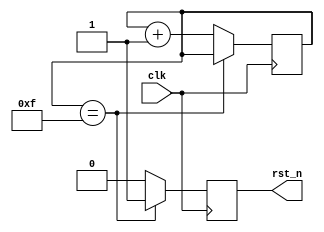
// --------------------------------------------------------------------
// >>>>>>>>>>>>>>>>>>>>>>>>> COPYRIGHT NOTICE <<<<<<<<<<<<<<<<<<<<<<<<<
// --------------------------------------------------------------------
// 
// 
// Description:
//
//		
// 
// Web: www.anlogic.com
// --------------------------------------------------------------------
`timescale 1ns / 1ps
module rst_n
(
	input	wire	clk,
	output	reg		rst_n
);

reg[3:0] cnt;

always @(posedge clk)
begin
	if(cnt == 4'hf)
		cnt <= cnt;
	else
		cnt <= cnt + 1'b1;
end

always @(posedge clk)
begin
	if(cnt == 4'hf)
		rst_n <= 1'b1;
	else
		rst_n <= 1'b0;
end


endmodule